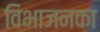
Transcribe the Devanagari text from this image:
विभाजनका